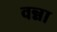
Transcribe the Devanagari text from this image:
वन्ना